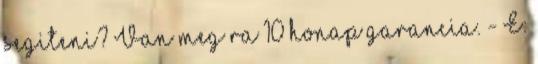
segiteni? Van meg ra 10 honap garancia. - E: